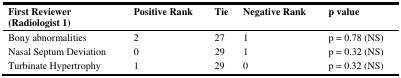
<table><thead><tr><td><b>First Reviewer (Radiologist 1)</b></td><td><b>Positive Rank</b></td><td><b>Tie</b></td><td><b>Negative Rank</b></td><td><b>p value</b></td></tr></thead><tbody><tr><td>Bony abnormalities</td><td>2</td><td>27</td><td>1</td><td>p = 0.78 (NS)</td></tr><tr><td>Nasal Septum Deviation</td><td>0</td><td>29</td><td>1</td><td>p = 0.32 (NS)</td></tr><tr><td>Turbinate Hypertrophy</td><td>1</td><td>29</td><td>0</td><td>p = 0.32 (NS)</td></tr></tbody></table>